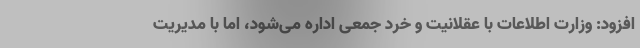
افزود: وزارت اطلاعات با عقلانیت و خرد جمعی اداره می‌شود، اما با مدیریت